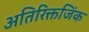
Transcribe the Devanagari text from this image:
अतिरिक्तजिंक